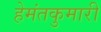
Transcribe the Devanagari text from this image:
हेमंतकुमारी